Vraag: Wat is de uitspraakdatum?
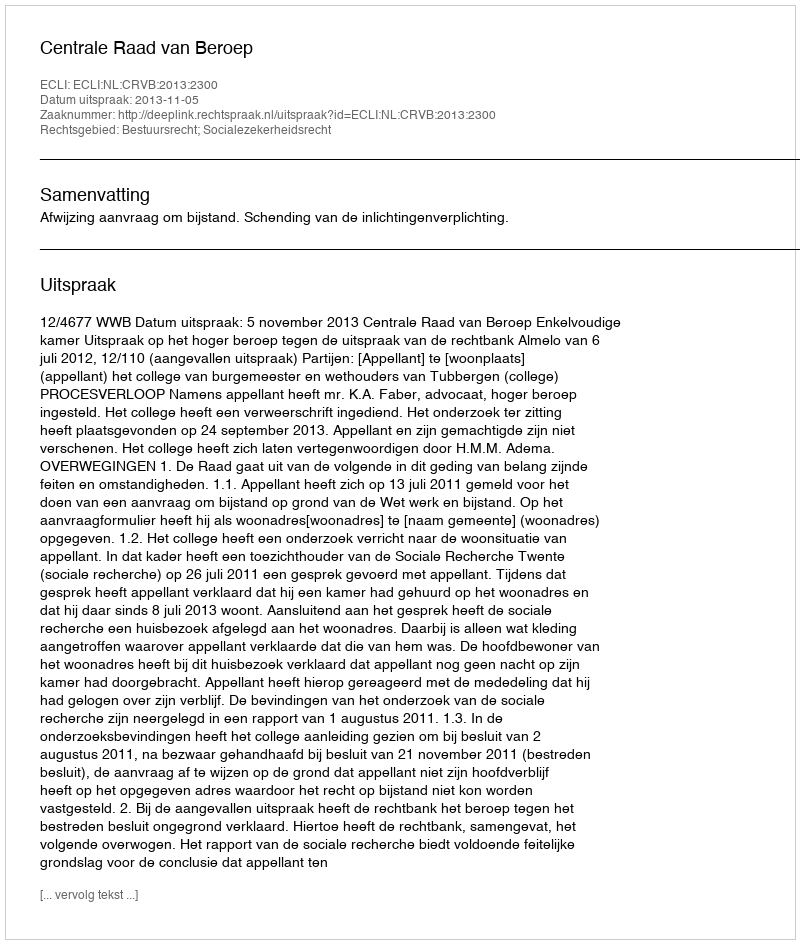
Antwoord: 2013-11-05